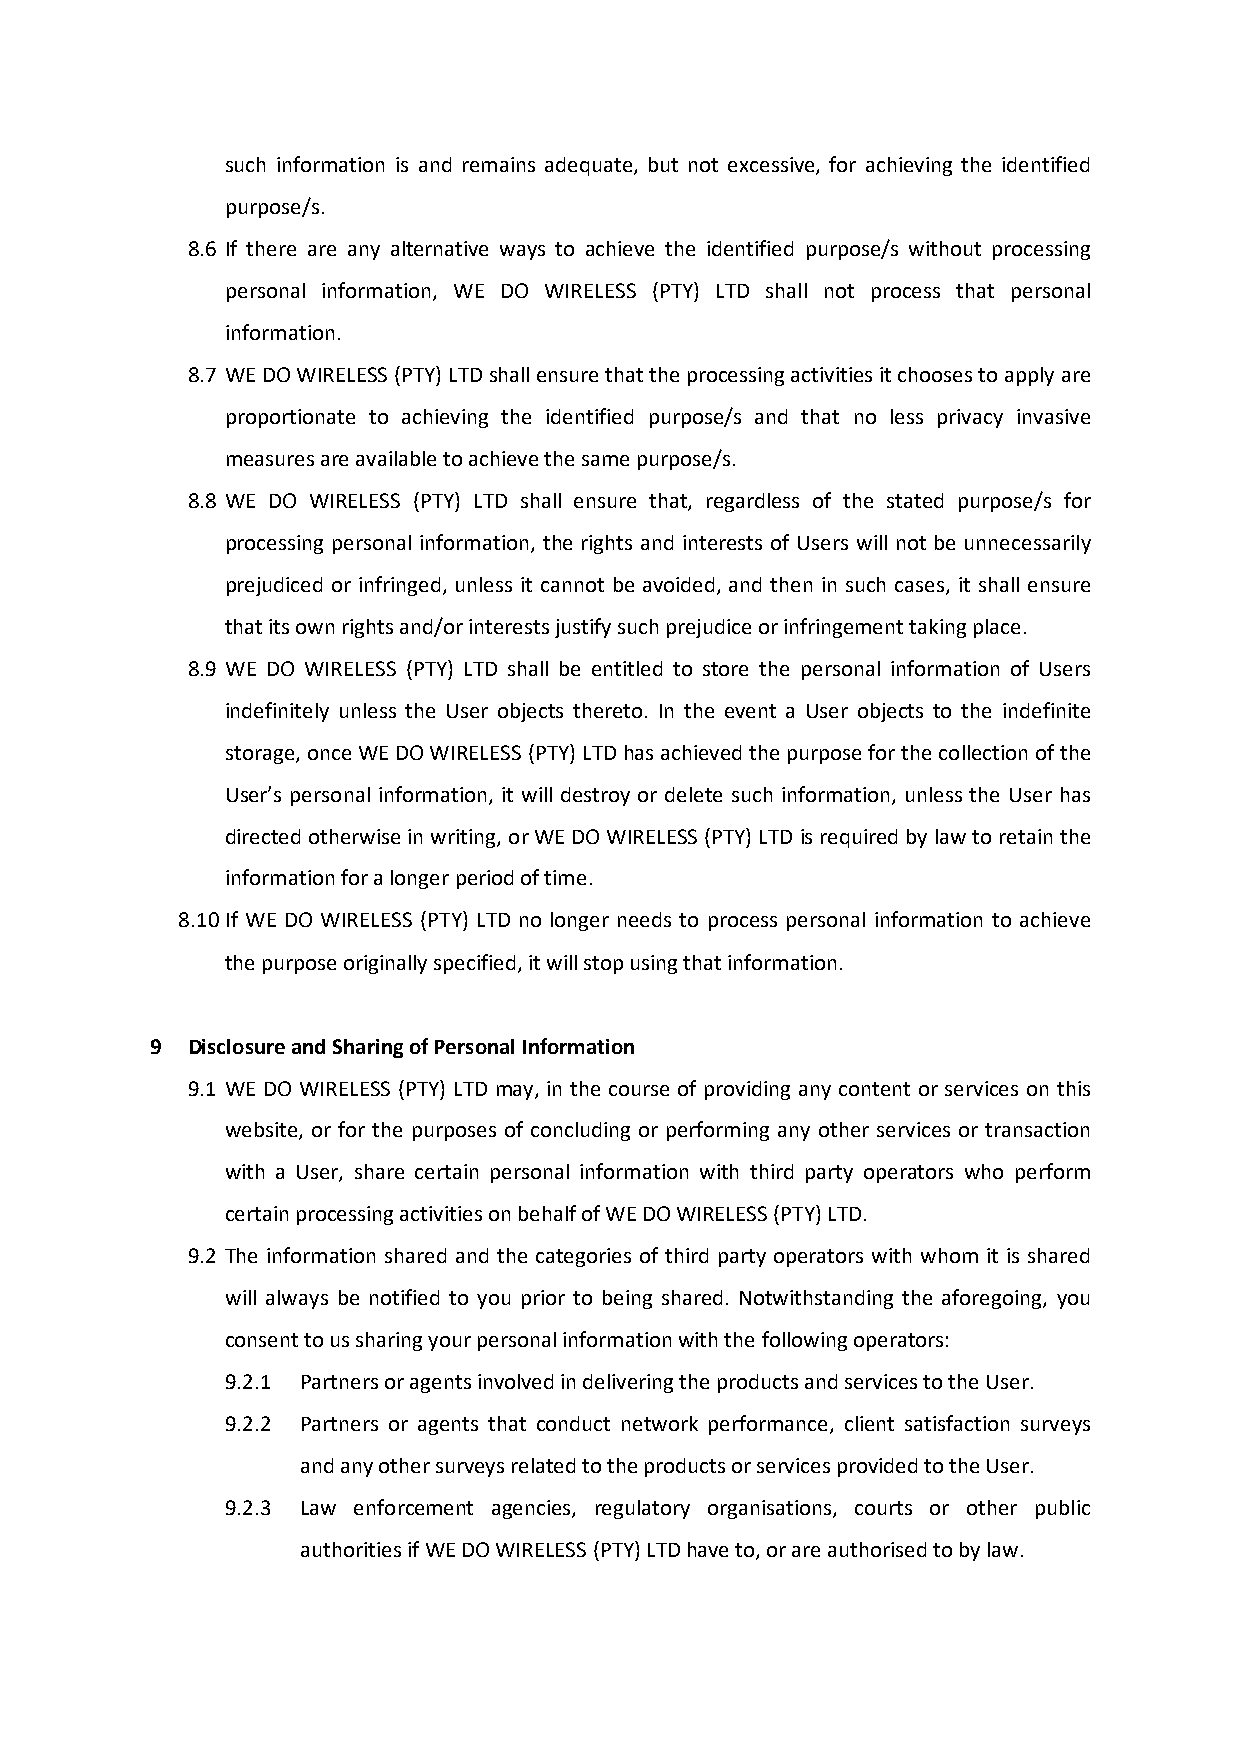
such information is and remains adequate, but not excessive, for achieving the identified
 purpose/s.
 8.6 If there are any alternative ways to achieve the identified purpose/s without processing
 personal information, WE DO WIRELESS (PTY) LTD shall not process that personal
 information.
 8.7 WE DO WIRELESS (PTY) LTD shall ensure that the processing activities it chooses to apply are
 proportionate to achieving the identified purpose/s and that no less privacy invasive
 measures are available to achieve the same purpose/s.
 8.8 WE DO WIRELESS (PTY) LTD shall ensure that, regardless of the stated purpose/s for
 processing personal information, the rights and interests of Users will not be unnecessarily
 prejudiced or infringed, unless it cannot be avoided, and then in such cases, it shall ensure
 that its own rights and/or interests justify such prejudice or infringement taking place.
 8.9 WE DO WIRELESS (PTY) LTD shall be entitled to store the personal information of Users
 indefinitely unless the User objects thereto. In the event a User objects to the indefinite
 storage, once WE DO WIRELESS (PTY) LTD has achieved the purpose for the collection of the
 User’s personal information, it will destroy or delete such information, unless the User has
 directed otherwise in writing, or WE DO WIRELESS (PTY) LTD is required by law to retain the
 information for a longer period of time.
 8.10 If WE DO WIRELESS (PTY) LTD no longer needs to process personal information to achieve
 the purpose originally specified, it will stop using that information.
 9 Disclosure and Sharing of Personal Information
 9.1 WE DO WIRELESS (PTY) LTD may, in the course of providing any content or services on this
 website, or for the purposes of concluding or performing any other services or transaction
 with a User, share certain personal information with third party operators who perform
 certain processing activities on behalf of WE DO WIRELESS (PTY) LTD.
 9.2 The information shared and the categories of third party operators with whom it is shared
 will always be notified to you prior to being shared. Notwithstanding the aforegoing, you
 consent to us sharing your personal information with the following operators:
 9.2.1 Partners or agents involved in delivering the products and services to the User.
 9.2.2 Partners or agents that conduct network performance, client satisfaction surveys
 and any other surveys related to the products or services provided to the User.
 9.2.3 Law enforcement agencies, regulatory organisations, courts or other public
 authorities if WE DO WIRELESS (PTY) LTD have to, or are authorised to by law.